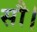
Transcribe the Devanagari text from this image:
सौ।